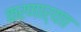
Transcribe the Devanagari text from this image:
करणार्याा